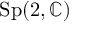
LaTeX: \mathrm { S p } ( 2 , \mathbb { C } )